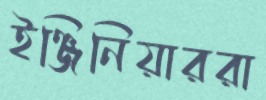
ইঞ্জিনিয়াররা